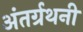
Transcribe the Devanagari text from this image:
अंतर्ग्रथनी